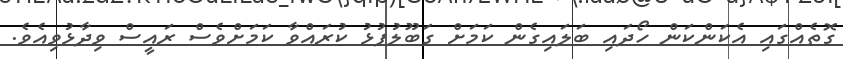
ގޮތެއްގައި އެކަންކަން ހޯދައި ބަލައިގެން ކަަމަށް ގަބޫލުފުޅު ކުރައްވާ ކަމަށްވެސް ރައީސް ވިދާޅުވިއެވެ.